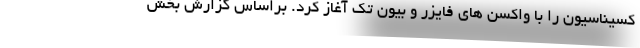
کسیناسیون را با واکسن های فایزر و بیون تک آغاز کرد. براساس گزارش بخش